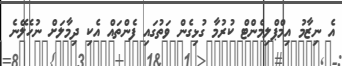
އެ ނިޒާމު އިމްޕްލިމެންޓް ކުރުމާ ގުޅިގެން ވަތުގައި ފެންތައް އެކި ދިމާލަށް ނުހެލޭނެ